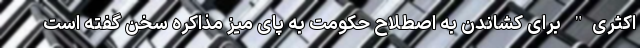
اکثری" برای کشاندن به اصطلاح حکومت به پای میز مذاکره سخن گفته است